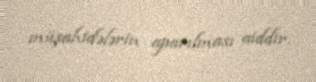
müşahidələrin aparılması aiddir.